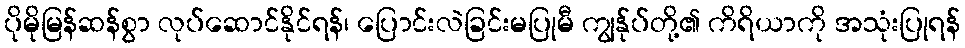
ပိုမိုမြန်ဆန်စွာ လုပ်ဆောင်နိုင်ရန်၊ ပြောင်းလဲခြင်းမပြုမီ ကျွန်ုပ်တို့၏ ကိရိယာကို အသုံးပြုရန်